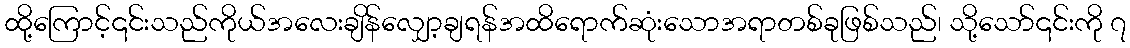
ထို့ကြောင့်၎င်းသည်ကိုယ်အလေးချိန်လျှော့ချရန်အထိရောက်ဆုံးသောအရာတစ်ခုဖြစ်သည်၊ သို့သော်၎င်းကို ၇